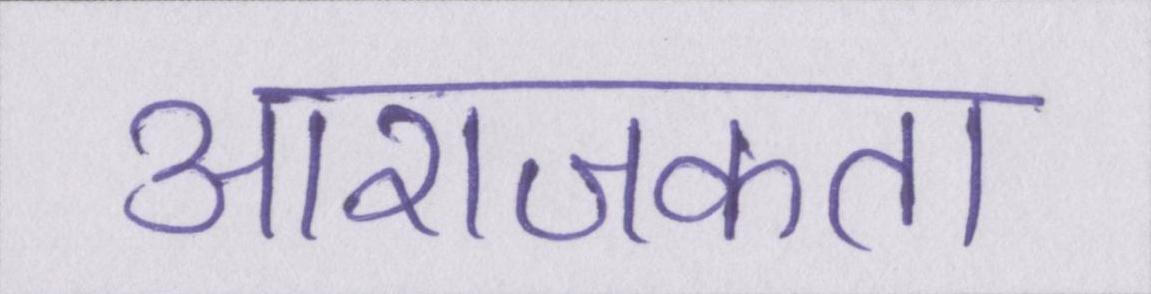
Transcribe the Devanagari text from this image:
आराजकता